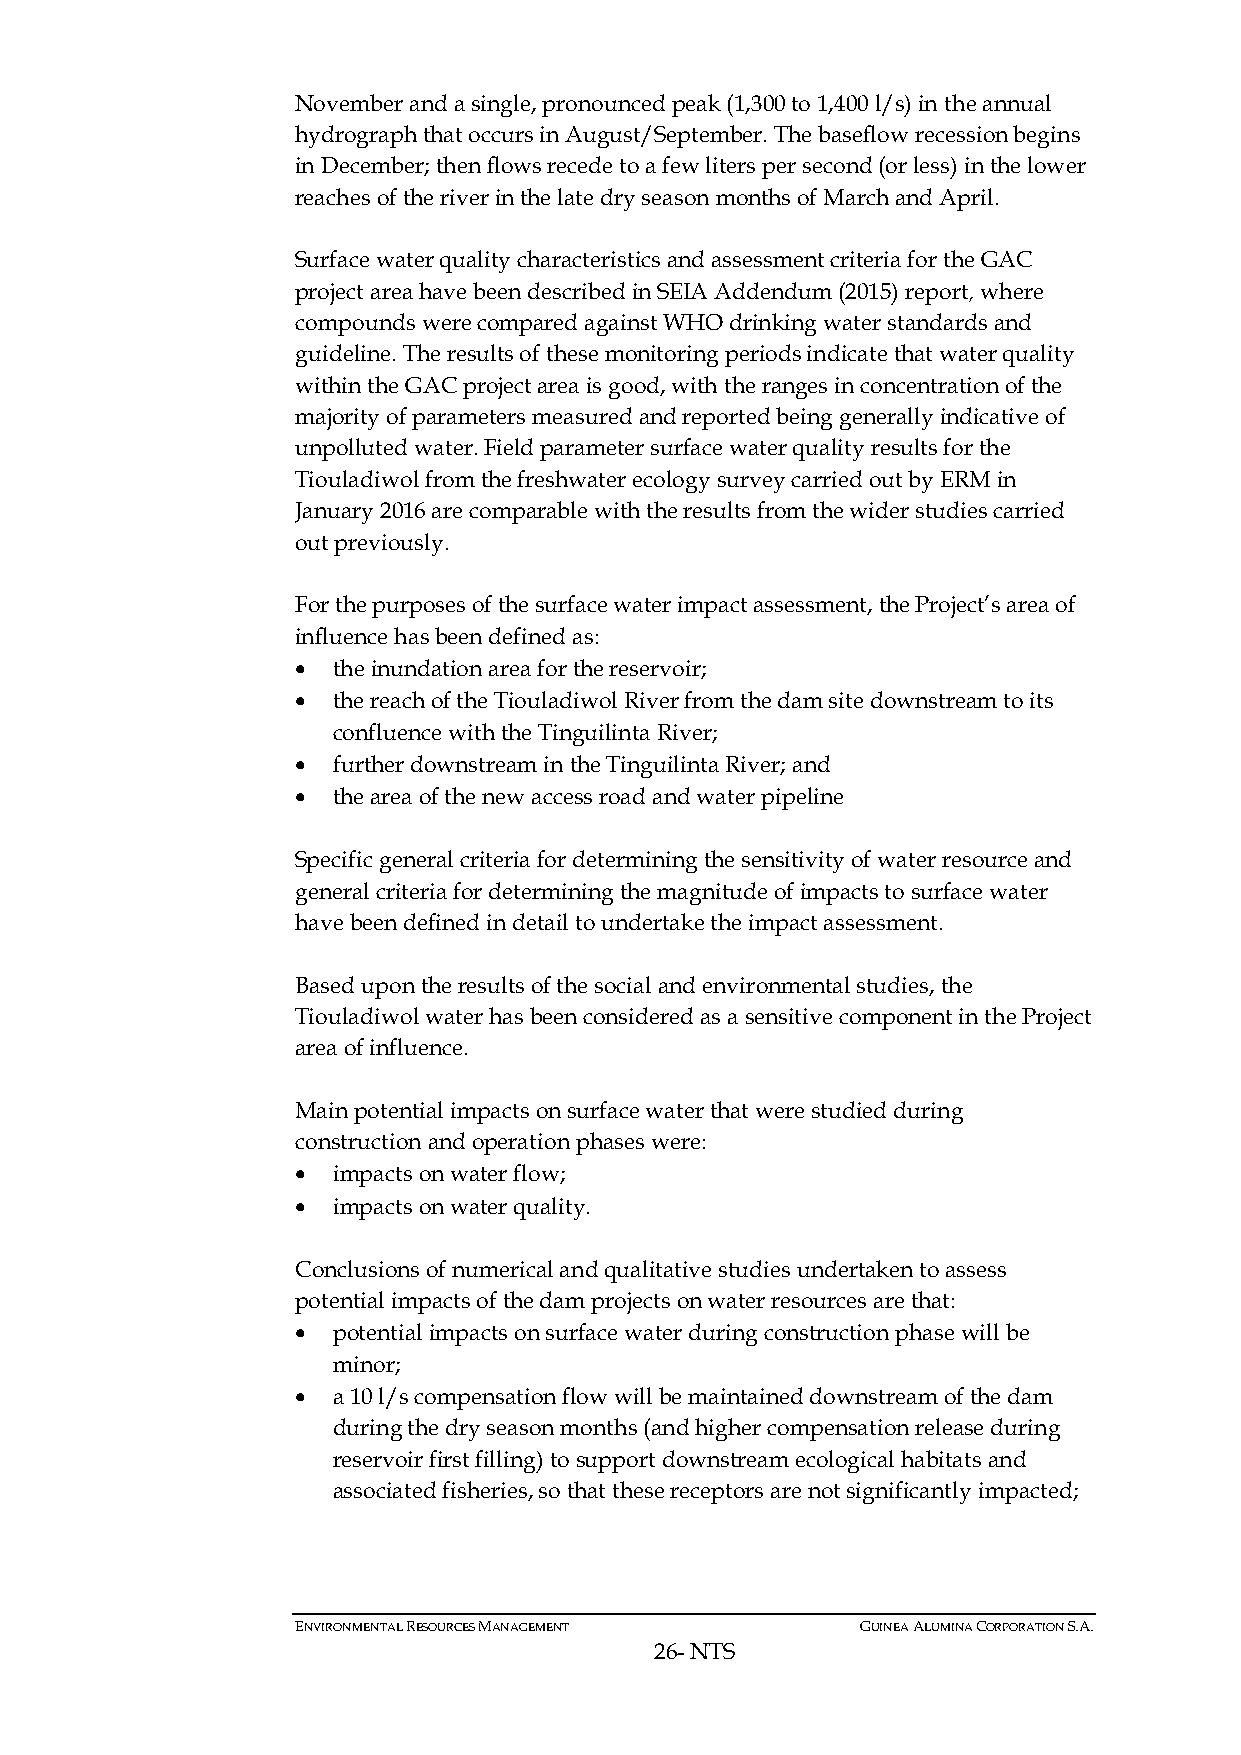
November and a single, pronounced peak (1,300 to 1,400 l/s) in the annual
 hydrograph that occurs in August/September. The baseflow recession begins
 in December; then flows recede to a few liters per second (or less) in the lower
 reaches of the river in the late dry season months of March and April.
 Surface water quality characteristics and assessment criteria for the GAC
 project area have been described in SEIA Addendum (2015) report, where
 compounds were compared against WHO drinking water standards and
 guideline. The results of these monitoring periods indicate that water quality
 within the GAC project area is good, with the ranges in concentration of the
 majority of parameters measured and reported being generally indicative of
 unpolluted water. Field parameter surface water quality results for the
 Tiouladiwol from the freshwater ecology survey carried out by ERM in
 January 2016 are comparable with the results from the wider studies carried
 out previously.
 For the purposes of the surface water impact assessment, the Project’s area of
 influence has been defined as:
 • the inundation area for the reservoir;
 • the reach of the Tiouladiwol River from the dam site downstream to its
 confluence with the Tinguilinta River;
 • further downstream in the Tinguilinta River; and
 • the area of the new access road and water pipeline
 Specific general criteria for determining the sensitivity of water resource and
 general criteria for determining the magnitude of impacts to surface water
 have been defined in detail to undertake the impact assessment.
 Based upon the results of the social and environmental studies, the
 Tiouladiwol water has been considered as a sensitive component in the Project
 area of influence.
 Main potential impacts on surface water that were studied during
 construction and operation phases were:
 • impacts on water flow;
 • impacts on water quality.
 Conclusions of numerical and qualitative studies undertaken to assess
 potential impacts of the dam projects on water resources are that:
 • potential impacts on surface water during construction phase will be
 minor;
 • a 10 l/s compensation flow will be maintained downstream of the dam
 during the dry season months (and higher compensation release during
 reservoir first filling) to support downstream ecological habitats and
 associated fisheries, so that these receptors are not significantly impacted;
 ENVIRONMENTAL RESOURCES MANAGEMENT   GUINEA ALUMINA CORPORATION S.A.
 26- NTS